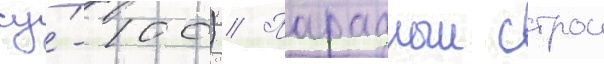
су́-100) // Парадныи строи